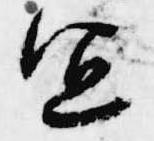
宜